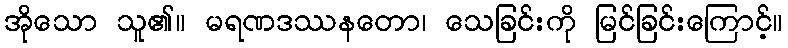
အိုသော သူ၏။ မရဏဒဿနတော၊ သေခြင်းကို မြင်ခြင်းကြောင့်။